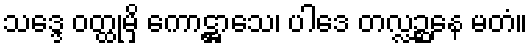
သဒ္ဒေ ဝတ္ထုမှိ ကောဋ္ဌာသေ၊ ပါဒေ တလ္လဉ္ဆနေ မတံ။